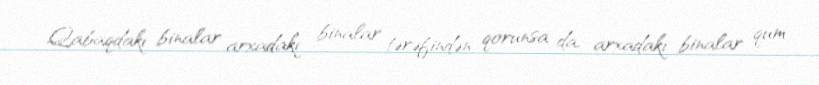
Qabaqdakı binalar arxadakı binalar tərəfindən qorunsa da, arxadakı binalar qum